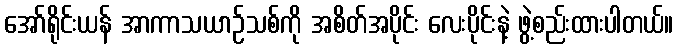
အော်ရိုင်းယန် အာကာသယာဉ်သစ်ကို အစိတ်အပိုင်း လေးပိုင်းနဲ့ ဖွဲ့စည်းထားပါတယ်။